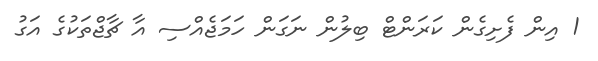
1 އިން ފެށިގެން ކަރަންޓް ބިލުން ނަގަން ހަމަޖެއްސި އާ ޗާޖްތަކުގެ އަގު